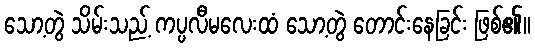
သော့တွဲ သိမ်းသည့် ကပ္ပလီမလေးထံ သော့တွဲ တောင်းနေခြင်း ဖြစ်၏။